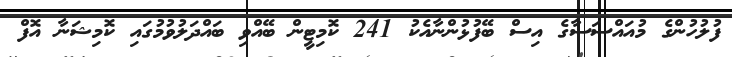
ފުލުހުންގެ މުއައްސަސާގެ އިސް ބޭފުޅުންނާއެކު 241 ކޮމިޓީން ބޭއްވި ބައްދަލުވުމުގައި ކޮމިޝަނާ އޮފް